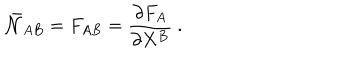
\bar { \cal N } _ { A B } = F _ { A B } = \frac { \partial F _ { A } } { \partial X ^ { B } } \ .